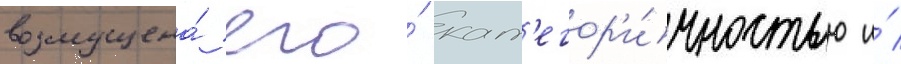
возмущена́ его́ кат'егор'и́чностью и́